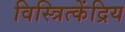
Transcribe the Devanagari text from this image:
विस्त्रित्केंद्रिय